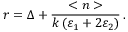
r = \Delta + \frac { < n > } { k \, ( \varepsilon _ { 1 } + 2 \varepsilon _ { 2 } ) } \, .